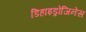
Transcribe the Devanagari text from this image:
डिहाइड्रोजिनेस